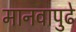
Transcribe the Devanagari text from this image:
मानवापुढे